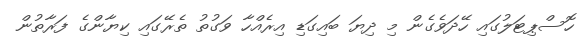
ހޮސްޕިޓަލުގައި ހޭދަވެގެން މި ދިޔަ ބައިގަޑި އިރެއްހާ ވަގުތު ތެރޭގައި ކިޔާންގެ ފަރާތުން